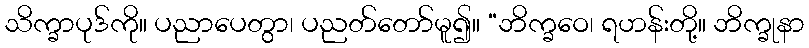
သိက္ခာပုဒ်ကို။ ပညာပေတွာ၊ ပညတ်တော်မူ၍။ “ဘိက္ခဝေ၊ ရဟန်းတို့။ ဘိက္ခုနာ